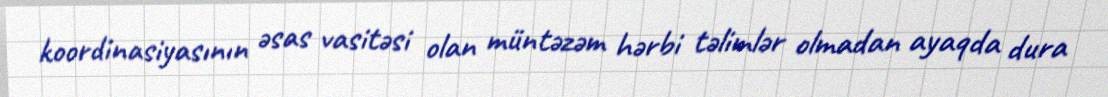
koordinasiyasının əsas vasitəsi olan müntəzəm hərbi təlimlər olmadan ayaqda dura